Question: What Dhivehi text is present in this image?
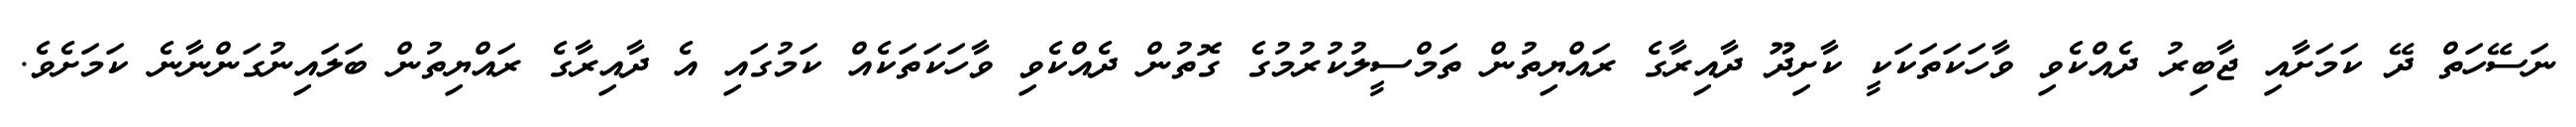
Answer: ނަސޭހަތް ދޭ ކަމަށާއި ޖާބިރު ދެއްކެވި ވާހަކަތަކަކީ ކާށިދޫ ދާއިރާގެ ރައްޔިތުން ތަމްސީލުކުރުމުގެ ގޮތުން ދެއްކެވި ވާހަކަތަކެއް ކަމުގައި އެ ދާއިރާގެ ރައްޔިތުން ބަލައިނުގަންނާނެ ކަމަށެވެ.